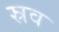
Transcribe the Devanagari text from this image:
स्रव